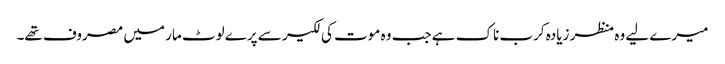
میرے لیے وہ منظر زیادہ کرب ناک ہے جب وہ موت کی لکیر سے پرے لوٹ مار میں مصروف تھے۔